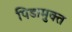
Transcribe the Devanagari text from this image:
पिडामुक्त